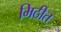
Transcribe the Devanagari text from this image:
मिठीत